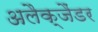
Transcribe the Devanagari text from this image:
अलैक्जैंडर